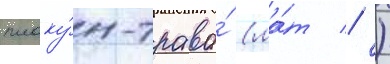
плаку́н-трава́ (ла́т // )